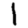
Digit: 1